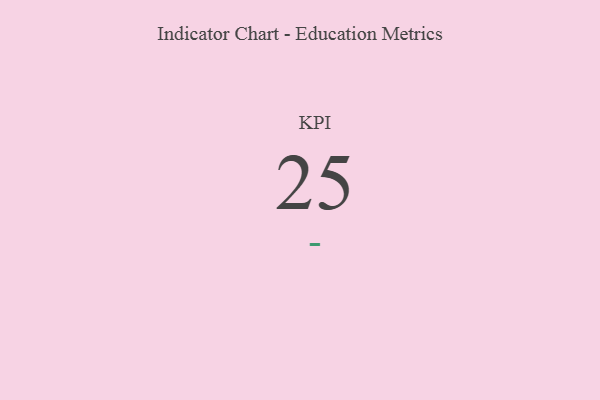
{"axis": {"x": "KPI", "y": "Value"}, "legend": [""], "data": [{"x": "KPI", "y": 25, "type": ""}]}